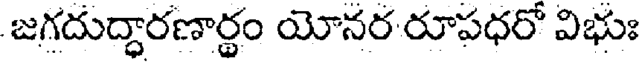
జగదుద్ధారణార్థం యోనర రూపధరో విభుః